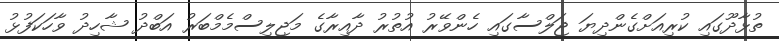
ތުޅާދޫގައި ކުރިއަށްގެންދިޔަ ޖަލްސާގައި ހެންވޭރު އުތުރު ދާއިރާގެ މަޖިލިސްމެމްބަރު އަބްދު ޝާހިދު ވާހަކަފުޅު